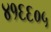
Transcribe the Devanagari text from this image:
४१६६०५